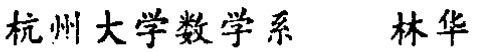
杭州大学数学系 林华